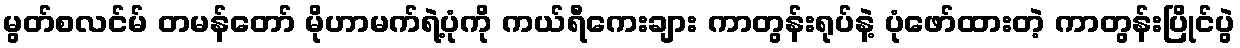
မွတ်စလင်မ် တမန်တော် မိုဟာမက်ရဲ့ပုံကို ကယ်ရီကေးချား ကာတွန်းရုပ်နဲ့ ပုံဖော်ထားတဲ့ ကာတွန်းပြိုင်ပွဲ